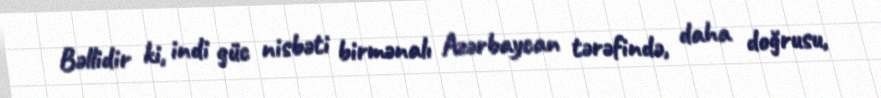
Bəllidir ki, indi güc nisbəti birmənalı Azərbaycan tərəfində, daha doğrusu,